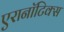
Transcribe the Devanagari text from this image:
एरानाॅटिक्स